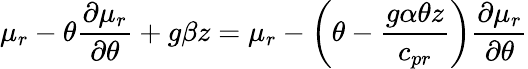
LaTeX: \mu_{r}-\theta\frac{\partial\mu_{r}}{\partial\theta}+g\beta z=\mu_{r}-\left(\theta-\frac{g\alpha\theta z}{c_{pr}}\right)\frac{\partial\mu_{r}}{\partial\theta}